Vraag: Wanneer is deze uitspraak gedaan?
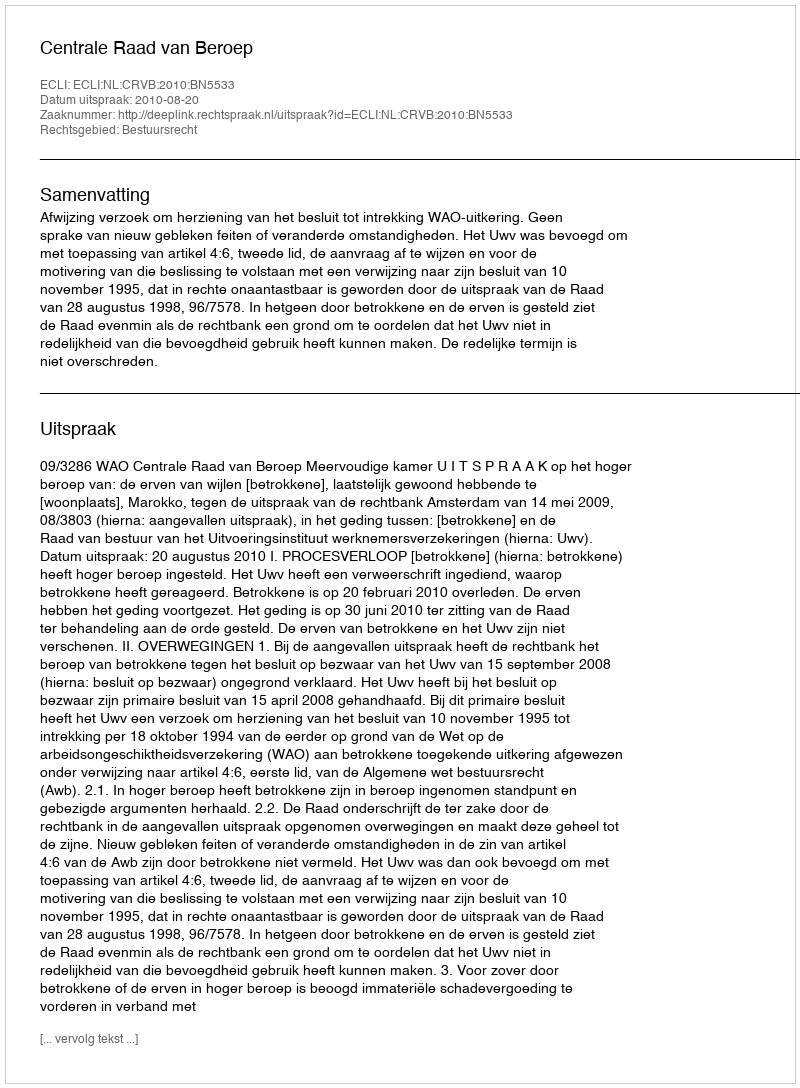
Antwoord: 2010-08-20